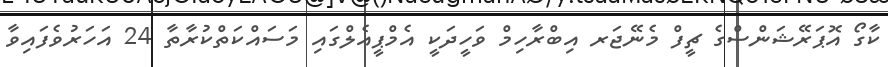
ކާގޯ އޮޕަރޭޝަންސްގެ ޗީފް މެނޭޖަރ އިބްރާހިމް ވަހީދަކީ އެމްޕީއެލްގައި މަސައްކަތްކުރާތާ 24 އަހަރުވެފައިވާ